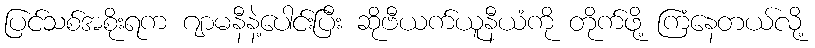
ပြင်သစ်အစိုးရက ဂျာမနီနဲ့ပေါင်းပြီး ဆိုဗီယက်ယူနီယံကို တိုက်ဖို့ ကြံနေတယ်လို့